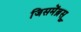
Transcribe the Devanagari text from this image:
जिसमेंब्रूस